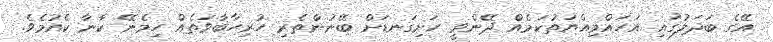
އޭގެ ބަދަލުގައި އަހައްމިއްޔަތުކަމެއް ދޭންވީ ހަށިގަނޑަށް ބޭނުންތެރި ހުރިހާބާވަތެއް ހިމެނޭ ކާނާ ކެއުމެވެ.